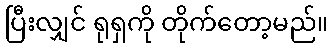
ပြီးလျှင် ရုရှကို တိုက်တော့မည်။